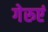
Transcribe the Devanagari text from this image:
गेरुएं